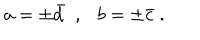
LaTeX: a = \pm \bar { d } \ \ , \ \ \ b = \pm \bar { c } \ .